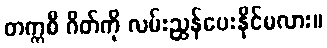
တက္ကစီ ဂိတ်ကို လမ်းညွှန်ပေးနိုင်မလား။